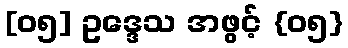
[၀၅] ဥဒ္ဒေသ အဖွင့် {၀၅}